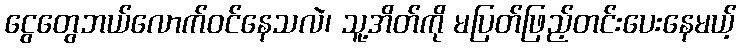
ငွေတွေဘယ်လောက်ဝင်နေသလဲ၊ သူ့အိတ်ကို မပြတ်ဖြည့်တင်းပေးနေမယ့်